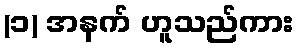
(၁) အနက် ဟူသည်ကား